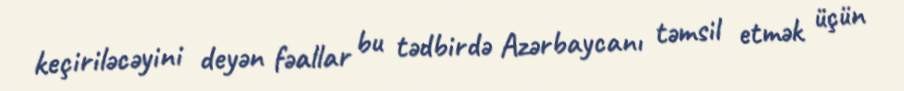
keçiriləcəyini deyən fəallar bu tədbirdə Azərbaycanı təmsil etmək üçün